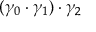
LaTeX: ( \gamma _ { 0 } \cdot \gamma _ { 1 } ) \cdot \gamma _ { 2 }